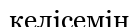
келісемін